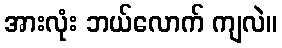
အားလုံး ဘယ်လောက် ကျလဲ။